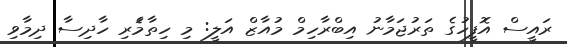
ރައީސް އޮފީހުގެ ތަރުޖަމާނު އިބްރާހިމް މުއާޒް އަލީ: މި ހިތާމަެރި ހާދިސާ ދިމާވި